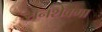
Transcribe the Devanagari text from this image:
रानशेवगा